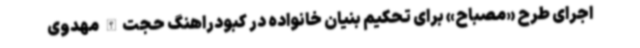
اجرای طرح «مصباح» برای تحکیم بنیان خانواده در کبودراهنگ حجت‌الله مهدوی